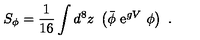
S _ { \phi } = \frac { 1 } { 1 6 } \int d ^ { 8 } z \ \left( { \bar { \phi } } \ { \mathrm e } ^ { g V } \ \phi \right) \ .